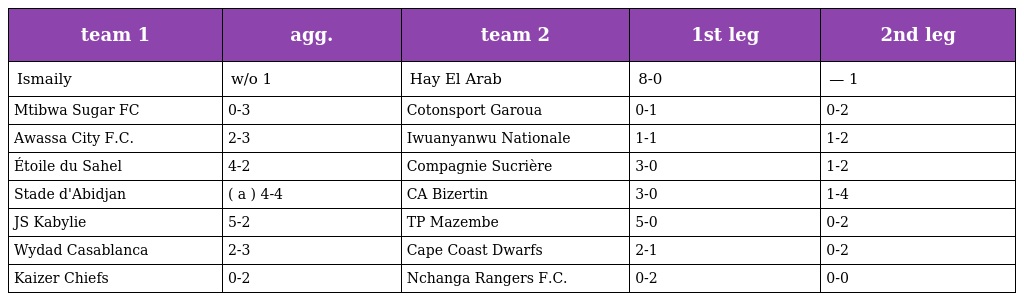
| team 1 | agg. | team 2 | 1st leg | 2nd leg |
 | --- | --- | --- | --- | --- |
 | Ismaily | w/o 1 | Hay El Arab | 8-0 | — 1 |
 | Mtibwa Sugar FC | 0-3 | Cotonsport Garoua | 0-1 | 0-2 |
 | Awassa City F.C. | 2-3 | Iwuanyanwu Nationale | 1-1 | 1-2 |
 | Étoile du Sahel | 4-2 | Compagnie Sucrière | 3-0 | 1-2 |
 | Stade d'Abidjan | ( a ) 4-4 | CA Bizertin | 3-0 | 1-4 |
 | JS Kabylie | 5-2 | TP Mazembe | 5-0 | 0-2 |
 | Wydad Casablanca | 2-3 | Cape Coast Dwarfs | 2-1 | 0-2 |
 | Kaizer Chiefs | 0-2 | Nchanga Rangers F.C. | 0-2 | 0-0 |